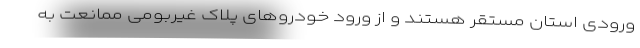
ورودی استان مستقر هستند و از ورود خودروهای پلاک غیربومی ممانعت به